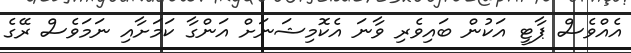
އެއްވެސް ޕާޓީ އަކުން ބައިވެރި ވާނަ އެކޮމިޝަނަށް އަންގާ ކަމަށާއި ނަމަވެސް ރޭގެ